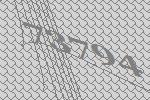
73794